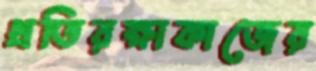
প্রতিরক্ষাকাজের